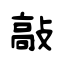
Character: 敲